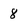
Character: 8